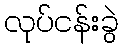
လုပ်ငန်းခွဲ